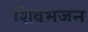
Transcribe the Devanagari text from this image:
शिवभजन